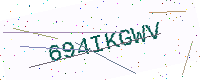
Text: 694IKGWV